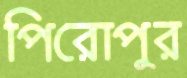
পিরোপুর